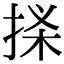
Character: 𢭒